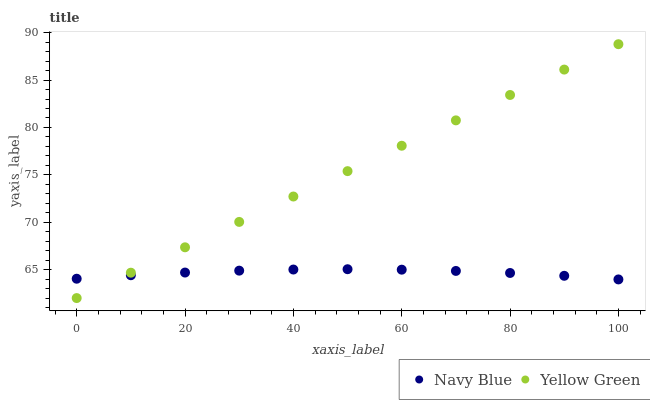
| xaxis_label | Navy Blue | Yellow Green |
 | --- | --- | --- |
 | 0 | 64 | 62 |
 | 10 | 64.4 | 64.7 |
 | 20 | 64.7 | 67.4 |
 | 30 | 64.9 | 70 |
 | 40 | 65 | 72.7 |
 | 50 | 65 | 75.4 |
 | 60 | 65 | 78.1 |
 | 70 | 64.9 | 80.7 |
 | 80 | 64.6 | 83.4 |
 | 90 | 64.3 | 86.1 |
 | 100 | 64 | 88.8 |